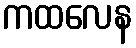
ကထလေန